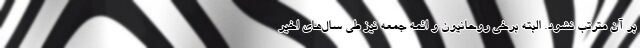
بر آن مترتب نشود. البته برخی روحانیون و ائمه جمعه نیز طی سال‌های اخیر